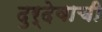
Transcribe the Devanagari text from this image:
दुर्देवाची